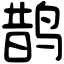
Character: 鹊